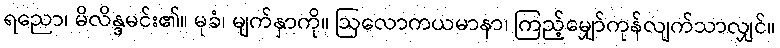
ရညော၊ မိလိန္ဒမင်း၏။ မုခံ၊ မျက်နှာကို။ ဩလောကယမာနာ၊ ကြည့်မျှော်ကုန်လျက်သာလျှင်။